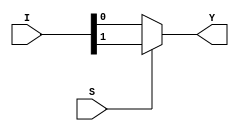
/**************************************************
 P1.1 2:1 MULTIPLEXER BEHAVIORAL
 ************************************************/

 module mux_2_1_bh(Y,I,S);
 	input [1:0]I;
 	input S;
 	output reg Y;

 	always@(*)
 	if(S)
 		Y=I[1];
 	else
 		Y=I[0];

 endmodule